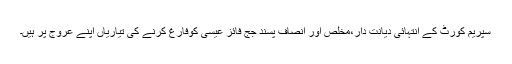
سپریم کورٹ کے انتہائی دیانت دار،مخلص اور انصاف پسند جج فائز عیسی کوفارغ کرنے کی تیاریاں اپنے عروج پر ہیں۔